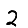
Digit: 2